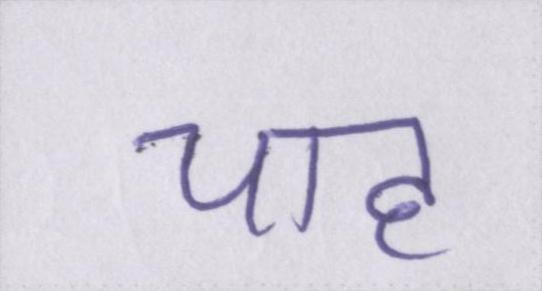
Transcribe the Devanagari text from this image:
चाह